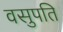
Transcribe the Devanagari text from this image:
वसुपति